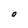
Character: O